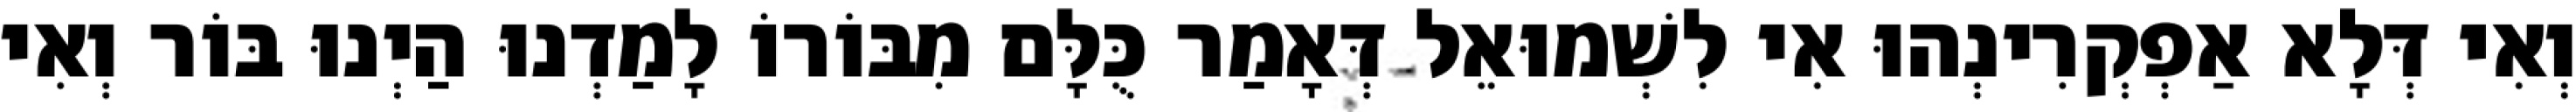
וְאִי דְּלָא אַפְקְרִינְהוּ אִי לִשְׁמוּאֵל דְּאָמַר כֻּלָּם מִבּוֹרוֹ לָמַדְנוּ הַיְנוּ בּוֹר וְאִי